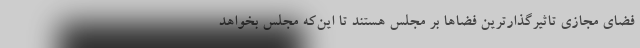
فضای مجازی تاثیرگذارترین‌ فضاها بر مجلس هستند تا این‌که مجلس بخواهد